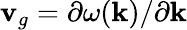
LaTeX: {\mathbf v}_{g}=\partial\omega({\mathbf k})/\partial{\mathbf k}